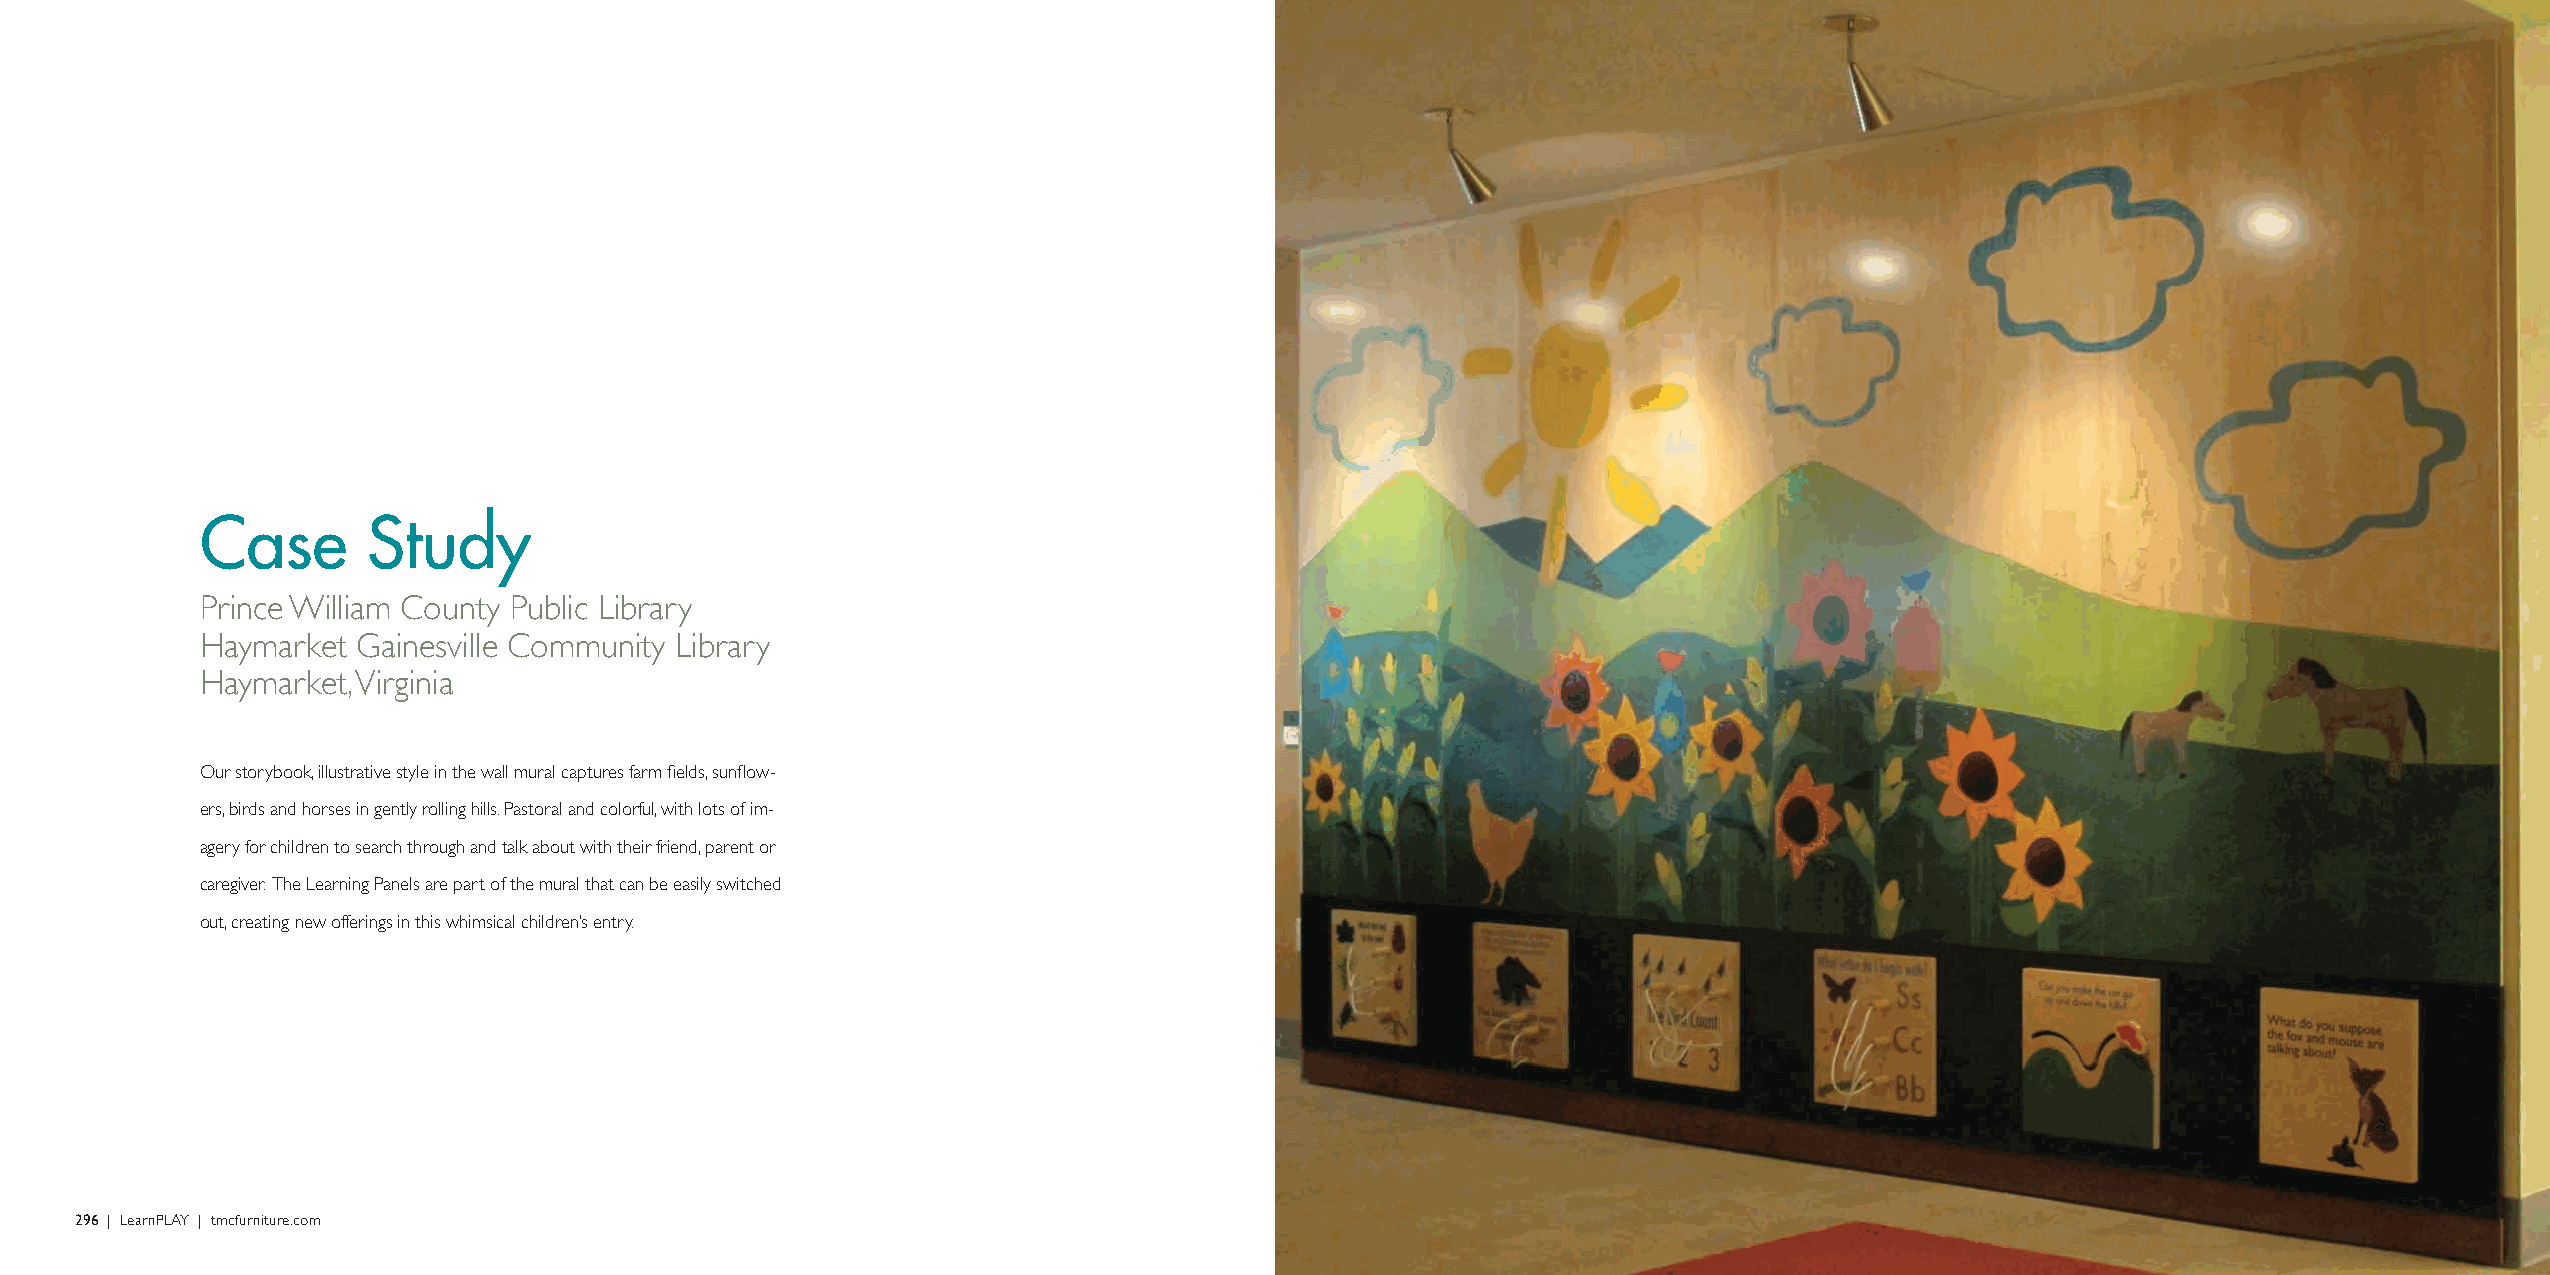
Case       Study
 Prince William County Public Library
 Haymarket  Gainesville Community Library
 Haymarket, Virginia
 Our storybook, illustrative style in the wall mural captures farm fields, sunflow-
 ers, birds and horses in gently rolling hills. Pastoral and colorful, with lots of im-
 agery for children to search through and talk about with their friend, parent or
 caregiver. The Learning Panels are part of the mural that can be easily switched
 out, creating new offerings in this whimsical children’s entry.
 296 | LearnPLAY | tmcfurniture.com                                                                                                             LearnPLAY | tmcfurniture.com | 297